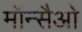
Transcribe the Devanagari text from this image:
मॉन्सैओ